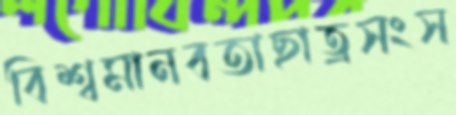
বিশ্বমানবতাছাত্রসংস